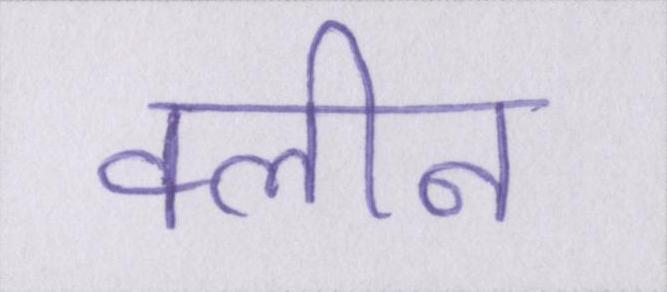
क्लीन